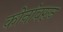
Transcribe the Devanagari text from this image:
कोनांवरून